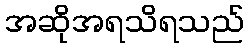
အဆိုအရသိရသည်